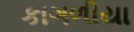
કાગળીયા